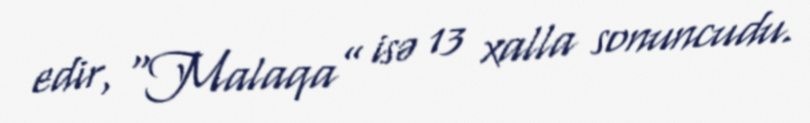
edir, “Malaqa” isə 13 xalla sonuncudu.